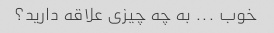
خوب ... به چه چیزی علاقه دارید؟